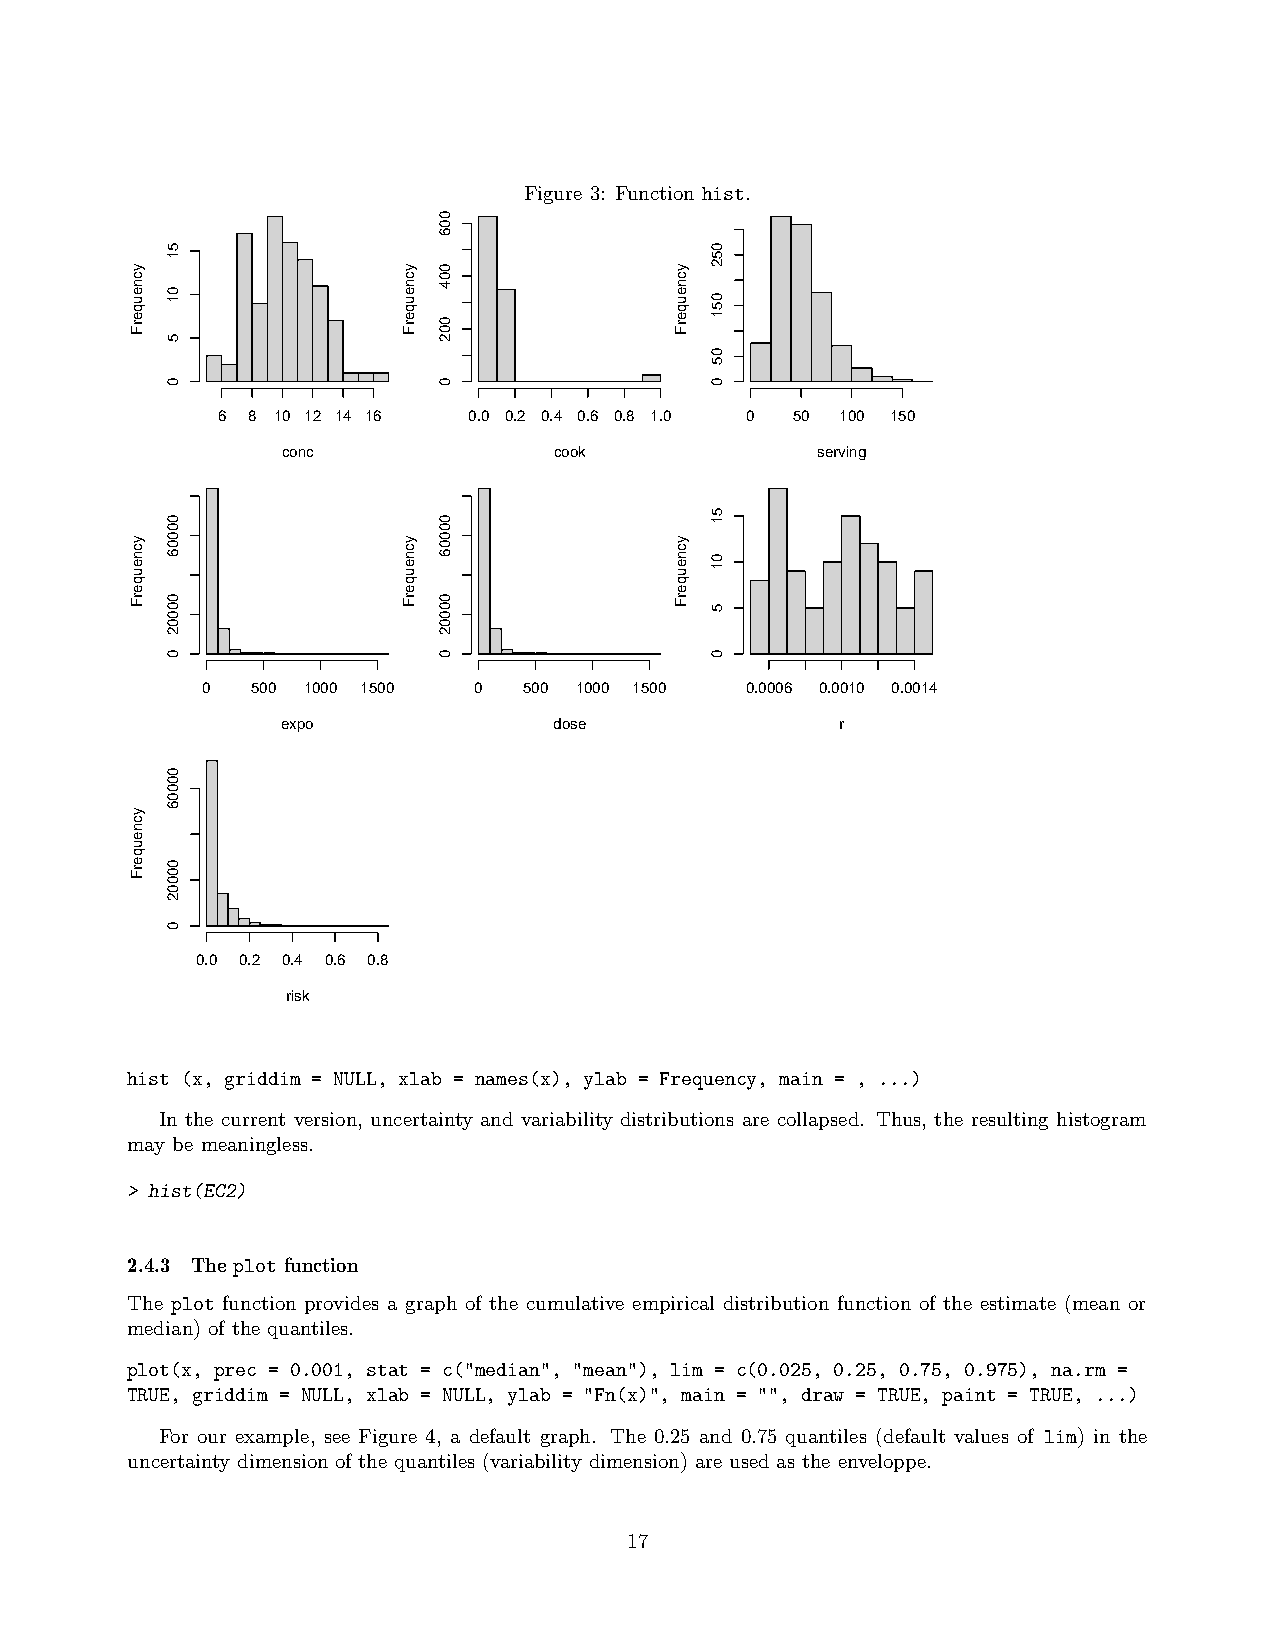
Figure 3: Function hist.
 6 8 10 12 14 16  0.0 0.2 0.4 0.6 0.8 1.0 0 50 100 150
 conc              cook             serving
 0   500 1000 1500 0   500 1000 1500 0.0006 0.0010 0.0014
 expo              dose               r
 0.0 0.2 0.4 0.6 0.8
 risk
 hist (x, griddim = NULL, xlab = names(x), ylab = Frequency, main = , ...)
 In the current version, uncertainty and variability distributions are collapsed. Thus, the resulting histogram
 may be meaningless.
 > hist(EC2)
 2.4.3 The plot function
 The plot function provides a graph of the cumulative empirical distribution function of the estimate (mean or
 median) of the quantiles.
 plot(x, prec = 0.001, stat = c("median", "mean"), lim = c(0.025, 0.25, 0.75, 0.975), na.rm =
 TRUE, griddim = NULL, xlab = NULL, ylab = "Fn(x)", main = "", draw = TRUE, paint = TRUE, ...)
 For our example, see Figure 4, a default graph. The 0.25 and 0.75 quantiles (default values of lim) in the
 uncertainty dimension of the quantiles (variability dimension) are used as the enveloppe.
 17
 ycneuqerF
 ycneuqerF
 ycneuqerF
 51
 01
 5
 0
 00006
 00002
 0
 00006
 00002
 0
 ycneuqerF
 ycneuqerF
 006
 004
 002
 0
 00006
 00002
 0
 ycneuqerF
 ycneuqerF
 052
 051
 05
 0
 51
 01
 5
 0